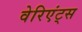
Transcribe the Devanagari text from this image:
वेरिएंट्स